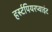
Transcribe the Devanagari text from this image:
हर्स्टपियरप्वाइंट